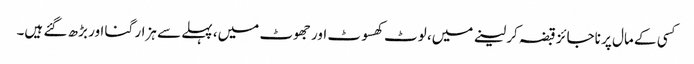
کسی کے مال پر ناجائز قبضہ کر لینے میں، لوٹ کھسوٹ اور جھوٹ میں، پہلے سے ہزار گنا اور بڑھ گئے ہیں۔